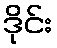
ဒိုင်း